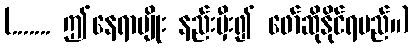
(....... ဤနေရာမျိုး နည်းမှီး၍ ဖော်ဆိုနိုင်ရမည်။)